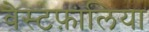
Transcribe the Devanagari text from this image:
वेस्टफ़ालिया